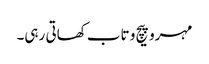
مہرو پیچ و تاب کھاتی رہی۔